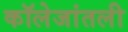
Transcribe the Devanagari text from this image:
कॉलेजांतली